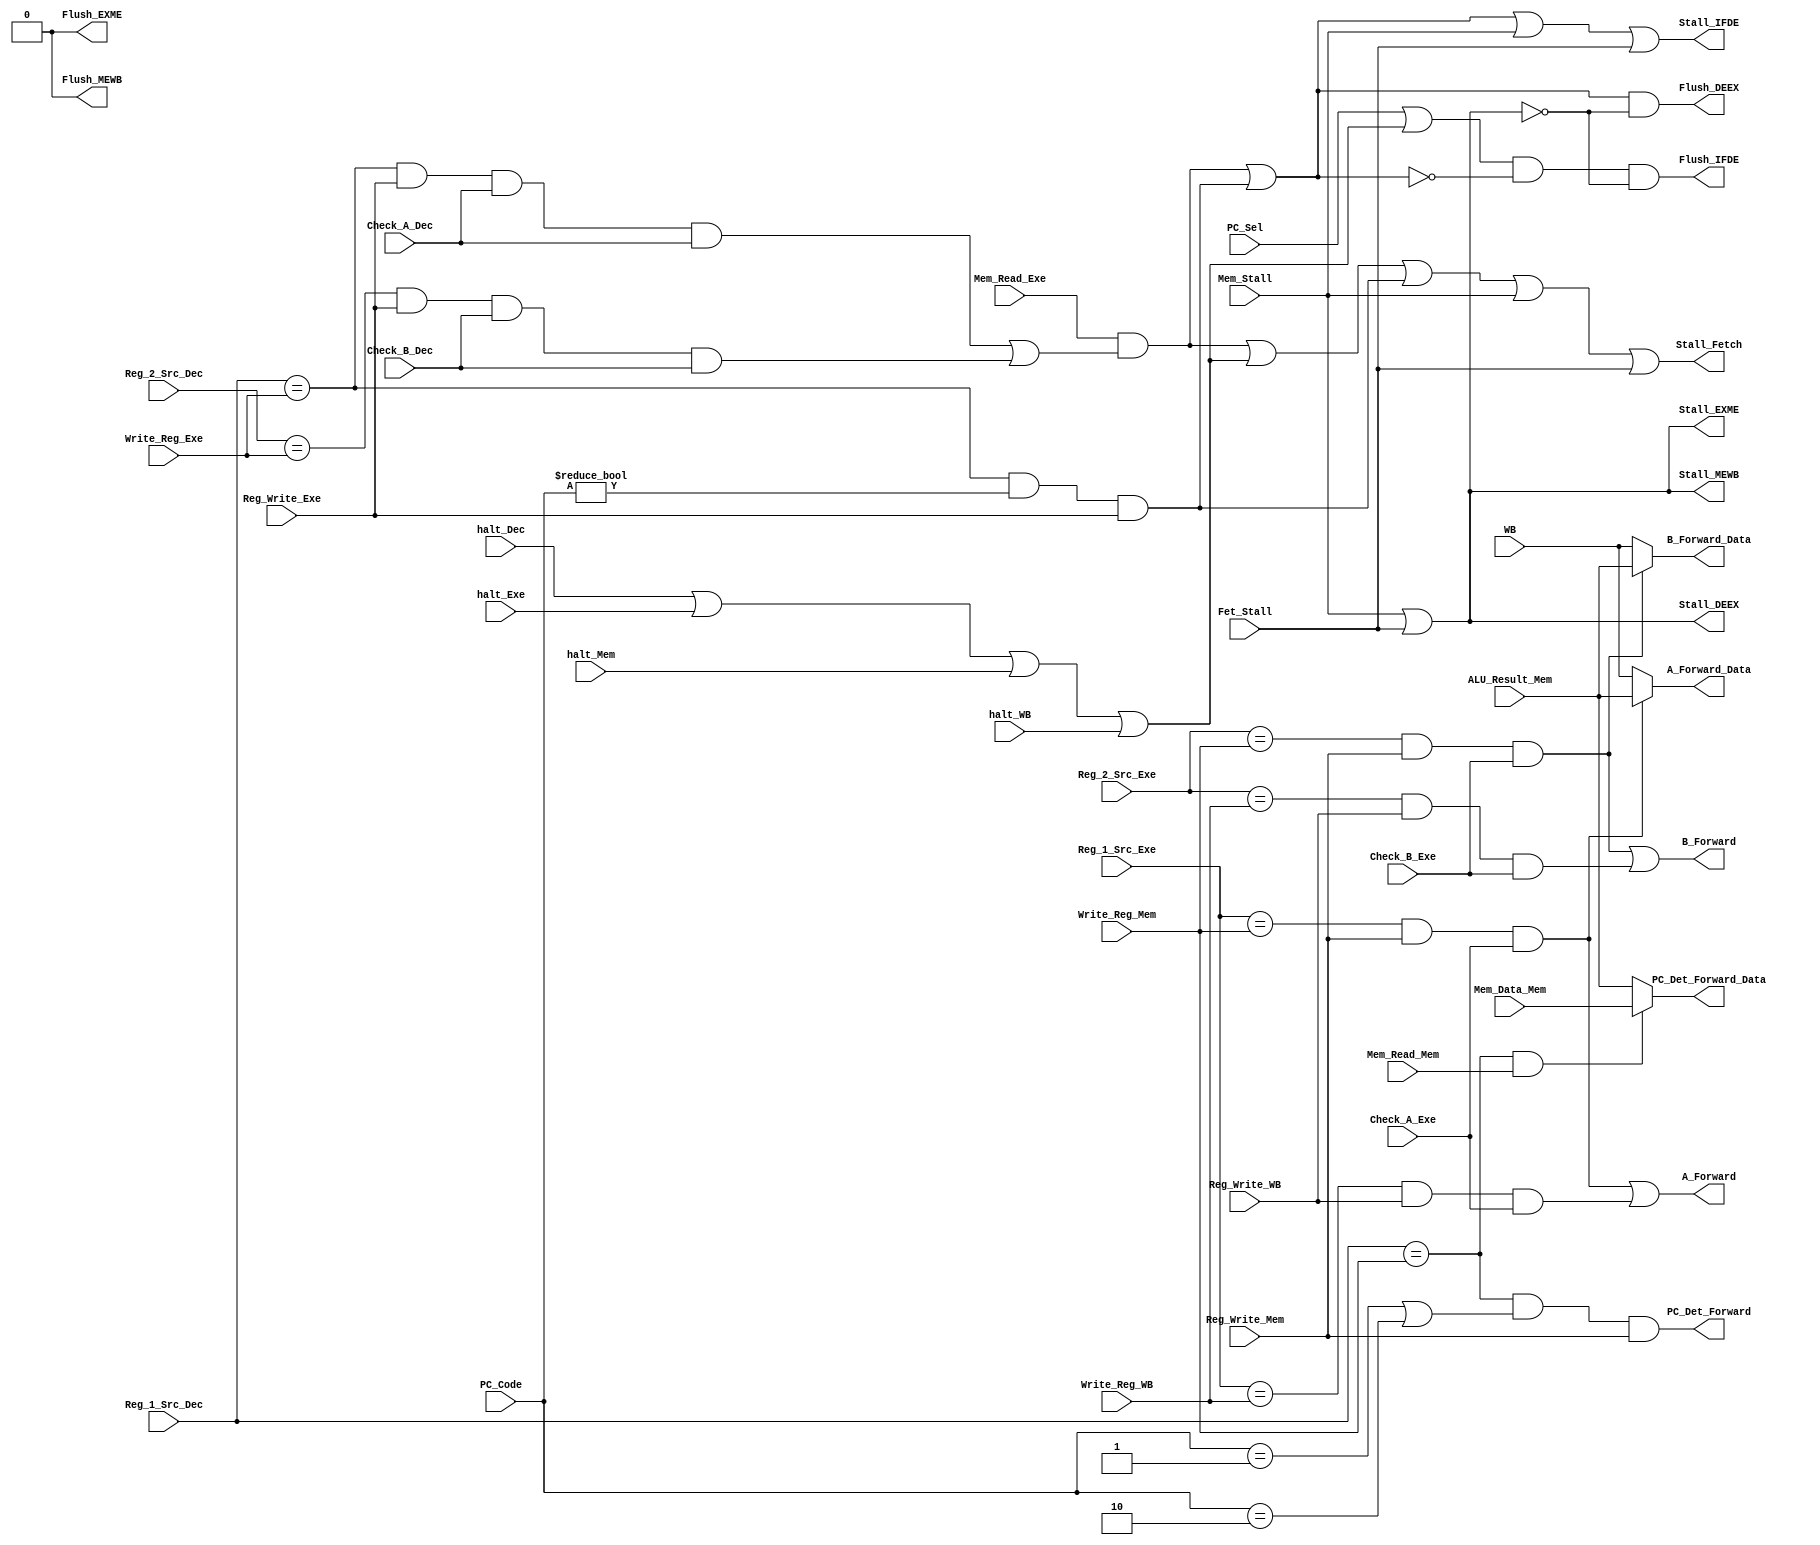
/********************************************************************************************************
/		MODULE: Extra_Logic TODO Fix I/0
/		PURPOSE: Given the state of the processor determine if any of the following need to occur
/			FORWARD WHEN:
/						One of the source registers in the execute stage begin written to in either the memory stage or the writeback stage
/
/			STALL WHEN: 
/						Instruction uses data used in a load instruction (1 cycle stall)
/							Wait for memory phase to complete then forward will take data from WB
/
/			FLUSH WHEN: 
/						Branch is taken
/						Jump occurs (Need to let rest of instruction finish)
/							Jump and Branches will only occur in Execute stage, need to flush IFDE and DEEX blades
/								can let fetch go through because instruction will write its PC in that cycle
/
/		INPUTS: 
/				PC_Sel - PC Mode (Comes from Decode Stage)
/					0 - PC + 2
/					1 - PC = PC_Ex
/				*PC_Code [1:0] - Type of Program counter being preformed, looking for 10, or branch instruction
/					00 - Standard Operation
/					01 - Jump (Rs + Immediate)
/					10 - Branch (PC + 2 + Immediate)
/					11 - Jump (PC + 2 + Immediate)
/				*Reg_Src_Dec [2:0] - Register to be used in a branch instruction
/				
/				Stall_Exe - Execute stages requests a stall for data dependancy
/
/				halt_Dec - Halt instruction has made it to Decode Stage
/				halt_Exe - Halt instruction has made it to Execute Stage
/				halt_Mem - Halt instruction has made it to Memory Stage
/				halt_WB - Halt instruction has made it to Writeback Stage
/				
/				//Not using WB_Sel b/c Mem_Read will give the same information
/				
/				Mem_Read_Dec - Instruction is going to read from memory when it reaches memory stage
/				Mem_Read_Exe - Instruction is going to read from memory when it reaches memory stage
/				Mem_Read_Mem - Instruction is currently reading from memory
/				
/				Reg_Write_Dec - Instruction is going to write to register file when it reaches writeback stage
/				Reg_Write_Exe - Instruction is going to write to register file when it reaches writeback stage
/				Reg_Write_Mem - Instruction is going to write to register file when it reaches writeback stage
/				Reg_Write_WB - Instruction is currently writing to register file
/				
/				Reg_1_Src_Dec [2:0] - Register that register source 1 came from
/				Reg_1_Src_Exe [2:0] - Register that register source 1 came from
/				
/				Reg_2_Src_Dec [2:0] - Register that register source 2 came from (can be inaccurate, immediate instruction)
/				Reg_2_Src_Exe [2:0] - Register that register source 2 came from (can be inaccurate, immediate instruction)
/				
/				Write_Reg_Dec [2:0] - Register that will be written to in writeback if Reg_Write is true
/				Write_Reg_Exe [2:0] - Register that will be written to in writeback if Reg_Write is true
/				Write_Reg_Mem [2:0] - Register that will be written to in writeback if Reg_Write is true
/				Write_Reg_WB [2:0] - Register currently being written to if Reg_Write is true
/
/				Mem_Stall - Memory is requesting a stall
/				Fet_Stall - Fetch is requesting a stall
/				
/		OUTPUTS: 
/				Stall_Fetch - Dont' Write back to PC, should be the same as Stall_IFDE
/				Stall_IFDE - Don't write info from Instruction Fetch Stage
/				Stall_DEEX - Don't write info from Decode Stage
/				Stall_EXME - Don't write info from Execute Stage (Don't know if will have to use this ever)
/				Stall_MEWB - Don't write info from Memory Stage (Don't know if will have to use this ever)
/		
/				Flush_IFDE - Clear info in IFDE Blade
/				Flush_DEEX - Clear info in DEEX Blade
/				Flush_EXME - Clear info in EXME Blade (Don't know if will have to use this ever)
/				Flush_MEWB - Clear info in MEWB Blade (Don't know if will have to use this ever)
/
/				A_Forward - Forward A
/				B_Forward - Forward B, if a register operation
/				A_Forward_Data - Data to forward to A if A_Forward
/				B_Forward_Data - Data to forward to B if B_Forward
/				*Branch_Forward - Forward from Memory Stage to Decode for branch instructions
/				*Branch_Forward_Data [15:0] - Data for decode stage
/
/		INTERNAL:
/				Forward_Mem - Forwarding from memory stage
/				*Branch_Stall_EXME - Need to stall for Branch, data needed is in execute currently and needs to go to memory
/				*Branch_Stall_Mem_Read - Need to stall for Branch, data needed is not available as it is being read
********************************************************************************************************/
module Extra_Logic2 (halt_Dec, halt_Exe, halt_Mem, halt_WB, PC_Sel, Reg_Write_Exe, Reg_Write_Mem, Reg_Write_WB, Reg_1_Src_Dec, Reg_1_Src_Exe, Reg_2_Src_Dec, Reg_2_Src_Exe, Write_Reg_Exe, Write_Reg_Mem, Write_Reg_WB, ALU_Result_Mem, Mem_Data_Mem, WB, Mem_Read_Exe, Mem_Read_Mem, PC_Code, Check_A_Dec, Check_B_Dec, Check_A_Exe, Check_B_Exe, Mem_Stall, Fet_Stall, A_Forward, A_Forward_Data, B_Forward, B_Forward_Data, PC_Det_Forward, PC_Det_Forward_Data, Stall_Fetch, Stall_IFDE, Stall_DEEX, Stall_EXME, Stall_MEWB, Flush_IFDE, Flush_DEEX, Flush_EXME, Flush_MEWB);
	
	input 			halt_Dec;
	input 			halt_Exe;
	input 			halt_Mem;
	input 			halt_WB;
	input 			PC_Sel;
	
	input			Reg_Write_Exe;
	input			Reg_Write_Mem;
	input			Reg_Write_WB;
	
	input [2:0]		Reg_1_Src_Dec;
	input [2:0]		Reg_1_Src_Exe;
	
	input [2:0]		Reg_2_Src_Dec;
	input [2:0]		Reg_2_Src_Exe;
	
	input [2:0]		Write_Reg_Exe;
	input [2:0]		Write_Reg_Mem;
	input [2:0]		Write_Reg_WB;
	
	input [15:0]	ALU_Result_Mem;
	input [15:0]	Mem_Data_Mem;
	input [15:0]	WB;
	
	input			Mem_Read_Exe;
	input			Mem_Read_Mem;
	
	input [1:0]		PC_Code;
	
	input			Check_A_Dec;
	input			Check_B_Dec;
	
	input			Check_A_Exe;
	input			Check_B_Exe;
	
	input			Mem_Stall;
	input			Fet_Stall;
	
	output 			A_Forward;
	output [15:0]	A_Forward_Data;
	
	output 			B_Forward;
	output [15:0]	B_Forward_Data;
	
	output 			PC_Det_Forward;
	output [15:0]	PC_Det_Forward_Data;
	
	output Stall_Fetch;
	output Stall_IFDE;
	output Stall_DEEX;
	output Stall_EXME;
	output Stall_MEWB;
	
	output Flush_IFDE;
	output Flush_DEEX;
	output Flush_EXME;
	output Flush_MEWB;
	
	///////////////////////////////////
	
	wire			A_Forward_DEEX;
	wire			A_Forward_EXME;
	wire			A_Forward_EXWB;
	
	wire			B_Forward_DEEX;
	wire			B_Forward_EXME;
	wire			B_Forward_EXWB;
	
	wire 			Load_Stall;
	wire			Decode_Stall;
	wire			Decode_StallM;
	
	wire 			No_Write_PC;
	
	
	assign Decode_Stall = ((Reg_1_Src_Dec == Write_Reg_Exe) & (PC_Code != 2'h0) & Reg_Write_Exe);
	//assign Decode_StallM = ((Reg_1_Src_Dec == Write_Reg_Mem) & (PC_Code != 2'h0) & Reg_Write_Mem);
	
	assign Load_Stall =  Mem_Read_Exe & ((A_Forward_DEEX & Check_A_Dec) | (B_Forward_DEEX & Check_B_Dec));
	
	assign A_Forward_DEEX = (Reg_1_Src_Dec == Write_Reg_Exe) & Reg_Write_Exe & Check_A_Dec; //Instruction in Decode needs forward from result of Exe
	assign B_Forward_DEEX = (Reg_2_Src_Dec == Write_Reg_Exe) & Reg_Write_Exe & Check_B_Dec; //Instruction in Decode needs forward from result of Exe
	
	assign A_Forward_EXME = (Reg_1_Src_Exe == Write_Reg_Mem) & Reg_Write_Mem & Check_A_Exe; //Instruction in Execute needs forward from result in Mem
	assign B_Forward_EXME = (Reg_2_Src_Exe == Write_Reg_Mem) & Reg_Write_Mem & Check_B_Exe; //Instruction in Execute needs forward from result in Mem
	
	assign A_Forward_EXWB = (Reg_1_Src_Exe == Write_Reg_WB) & Reg_Write_WB & Check_A_Exe;
	assign B_Forward_EXWB = (Reg_2_Src_Exe == Write_Reg_WB) & Reg_Write_WB & Check_B_Exe;
	
	assign A_Forward = A_Forward_EXME | A_Forward_EXWB;
	assign B_Forward = B_Forward_EXME | B_Forward_EXWB;
	
	assign A_Forward_Data = A_Forward_EXME ? ALU_Result_Mem : WB; //Memory has priority
	assign B_Forward_Data = B_Forward_EXME ? ALU_Result_Mem : WB; //Memory has priority
	
	assign PC_Det_Forward = (Reg_1_Src_Dec == Write_Reg_Mem) & (PC_Code == 2'h1 | PC_Code == 2'h2) & Reg_Write_Mem;
	assign PC_Det_Forward_Data = ((Reg_1_Src_Dec == Write_Reg_Mem) & Mem_Read_Mem) ? Mem_Data_Mem : ALU_Result_Mem;
	
	assign No_Write_PC = halt_Dec | halt_Exe | halt_Mem | halt_WB;
	
	assign Stall_Fetch = Load_Stall | No_Write_PC | Decode_Stall | Mem_Stall | Fet_Stall;
	assign Stall_IFDE = Load_Stall | Decode_Stall | Mem_Stall | Fet_Stall;
	assign Stall_DEEX = Mem_Stall | Fet_Stall;
	assign Stall_EXME = Mem_Stall | Fet_Stall;
	assign Stall_MEWB = Mem_Stall | Fet_Stall;
	
	assign Flush_IFDE = (PC_Sel | No_Write_PC) & ~(Decode_Stall | Load_Stall) & !(Mem_Stall | Fet_Stall); 
	assign Flush_DEEX = (Load_Stall | Decode_Stall) & !(Mem_Stall | Fet_Stall);
	assign Flush_EXME = 1'b0;
	assign Flush_MEWB = 1'b0;
	
endmodule